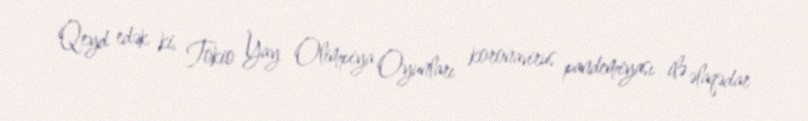
Qeyd edək ki, Tokio Yay Olimpiya Oyunları koronavirus pandemiyası ilə əlaqədar